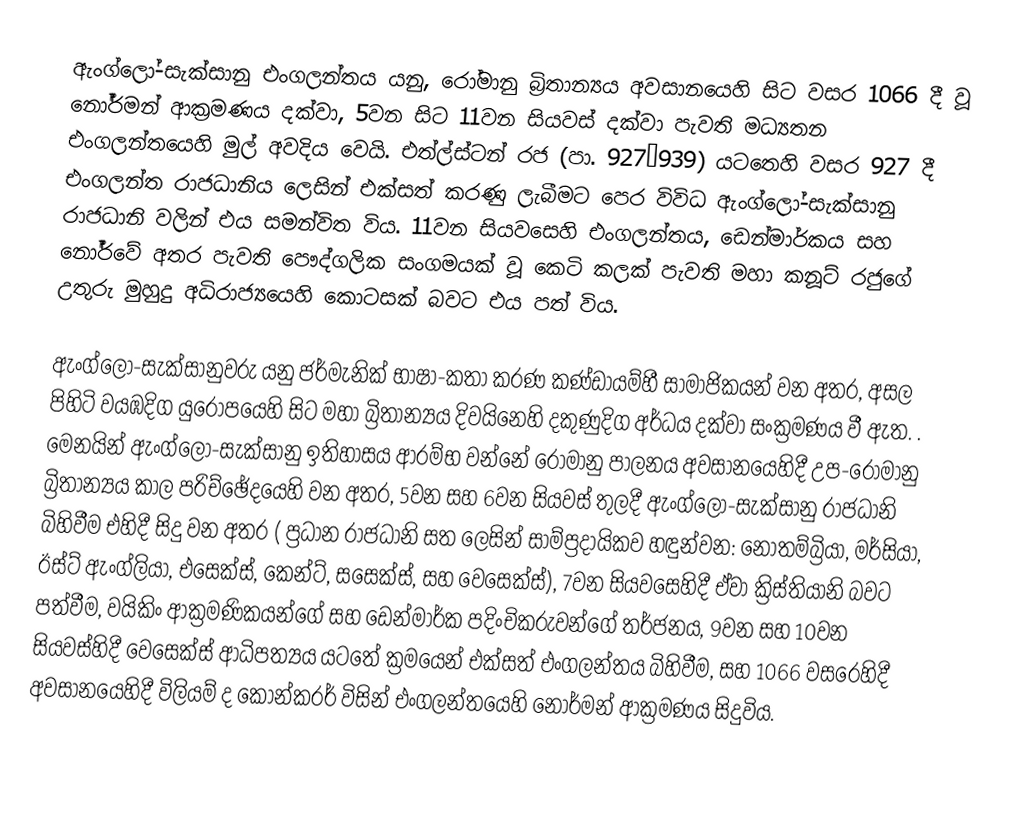
ඇංග්ලෝ-සැක්සානු එංගලන්තය යනු, රෝමානු බ්‍රිතාන්‍යය අවසානයෙහි සිට වසර 1066 දී වූ නෝර්මන් ආක්‍රමණය දක්වා, 5වන සිට 11වන සියවස් දක්වා පැවති මධ්‍යතන එංගලන්තයෙහි මුල් අවදිය වෙයි. එත්ල්ස්ටන් රජ (පා. 927–939) යටතෙහි වසර 927 දී  එංගලන්ත රාජධානිය ලෙසින් එක්සත් කරණු ලැබීමට පෙර  විවිධ ඇංග්ලෝ-සැක්සානු රාජධානි වලින් එය සමන්විත විය. 11වන සියවසෙහි එංගලන්තය, ඩෙන්මාර්කය සහ නෝර්වේ අතර පැවති පෞද්ගලික සංගමයක් වූ  කෙටි කලක් පැවති  මහා කනූට් රජුගේ  උතුරු මුහුදු අධිරාජ්‍යයෙහි කොටසක් බවට එය පත් විය.

ඇංග්ලෝ-සැක්සානුවරු යනු ජර්මැනික් භාෂා-කතා කරණ කණ්ඩායම්හී සාමාජිකයන් වන අතර, අසල පිහිටි  වයඹදිග යුරෝපයෙහි සිට මහා බ්‍රිතාන්‍යය දිවයිනෙහි දකුණුදිග අර්ධය දක්වා සංක්‍රමණය වී ඇත. . මෙනයින් ඇංග්ලෝ-සැක්සානු ඉතිහාසය ආරම්භ වන්නේ රෝමානු පාලනය අවසානයෙහිදී උප-රෝමානු බ්‍රිතාන්‍යය කාල පරිච්ඡේදයෙහි වන අතර, 5වන සහ 6වන සියවස් තුලදී ඇංග්ලෝ-සැක්සානු රාජධානි බිහිවීම එහිදී සිදු වන අතර ( ප්‍රධාන රාජධානි සත ලෙසින් සාම්ප්‍රදායිකව හඳුන්වන: නොතම්බ්‍රියා, මර්සියා, ඊස්ට් ඇංග්ලියා, එසෙක්ස්, කෙන්ට්, සසෙක්ස්, සහ වෙසෙක්ස්), 7වන සියවසෙහිදී  ඒවා  ක්‍රිස්තියානි බවට පත්වීම, වයිකිං ආක්‍රමණිකයන්ගේ සහ  ඩෙන්මාර්ක පදිංචිකරුවන්ගේ තර්ජනය, 9වන සහ 10වන සියවස්හිදී වෙසෙක්ස් ආධිපත්‍යය යටතේ ක්‍රමයෙන් එක්සත් එංගලන්තය බිහිවීම, සහ 1066 වසරෙහිදී  අවසානයෙහිදී විලියම් ද කොන්කරර් විසින් එංගලන්තයෙහි නෝර්මන් ආක්‍රමණය සිදුවිය.